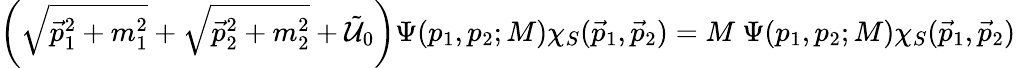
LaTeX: \left(\sqrt{\vec{p}_{1}^{2}+m_{1}^{2}}+\sqrt{\vec{p}_{2}^{2}+m_{2}^{2}}+\tilde{\mathcal U}_{0}\right)\Psi(p_{1},p_{2};M)\chi_{S}(\vec{p}_{1},\vec{p}_{2})=M~\Psi(p_{1},p_{2};M)\chi_{S}(\vec{p}_{1},\vec{p}_{2})